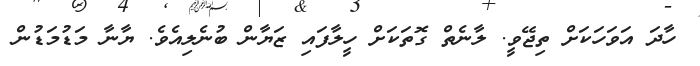
ހާދަ އަވަހަކަށް ތިޖޭވީ. ލާނެތް ގޮތަކަށް ހީލާފައި ޒަޔާން ބުނެލިއެވެ. ޔާނާ މަޑުމަޑުން